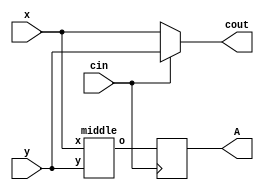
module top
(
 input x,
 input y,
 input cin,

 output reg A,
 output cout
 );
 wire o;

always @(posedge cin)
	A <= o;

assign cout =  cin? y : x;

middle u_mid (x,y,o);

endmodule

module middle
(
	input x,
	input y,
	output o
);

assign o = x + y;
endmodule